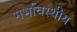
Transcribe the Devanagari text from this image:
गर्भावस्थीय